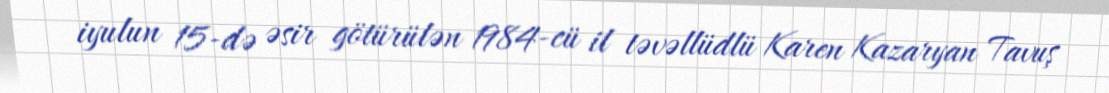
iyulun 15-də əsir götürülən 1984-cü il təvəllüdlü Karen Kazaryan Tavuş